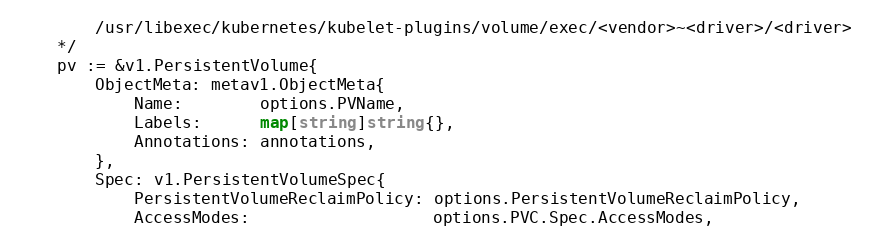
Language: Go
		/usr/libexec/kubernetes/kubelet-plugins/volume/exec/<vendor>~<driver>/<driver>
	*/
	pv := &v1.PersistentVolume{
		ObjectMeta: metav1.ObjectMeta{
			Name:        options.PVName,
			Labels:      map[string]string{},
			Annotations: annotations,
		},
		Spec: v1.PersistentVolumeSpec{
			PersistentVolumeReclaimPolicy: options.PersistentVolumeReclaimPolicy,
			AccessModes:                   options.PVC.Spec.AccessModes,